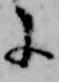
に